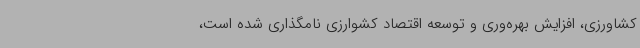
کشاورزی، افزایش بهره‌وری و توسعه اقتصاد کشوارزی نامگذاری شده است،